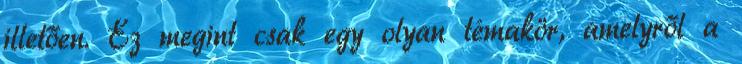
illetően. Ez megint csak egy olyan témakör, amelyről a